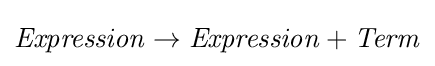
{\mathit {Expression}}\to {\mathit {Expression}}+{\mathit {Term}}